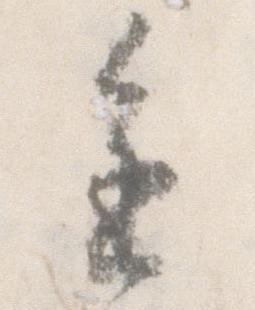
進